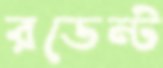
রডেন্ট